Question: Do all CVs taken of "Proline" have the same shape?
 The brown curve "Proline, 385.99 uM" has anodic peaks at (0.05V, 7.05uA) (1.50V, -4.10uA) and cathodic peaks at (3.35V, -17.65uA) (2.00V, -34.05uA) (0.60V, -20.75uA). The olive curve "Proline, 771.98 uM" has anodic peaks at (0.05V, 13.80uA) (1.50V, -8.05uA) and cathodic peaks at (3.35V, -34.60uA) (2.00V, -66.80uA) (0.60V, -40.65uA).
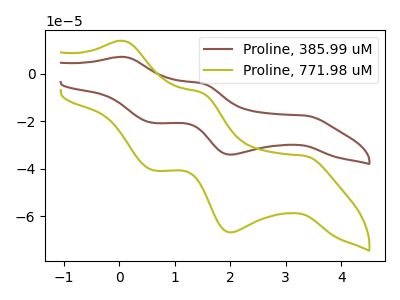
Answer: <think>All the peaks in "Proline, 385.99 uM" have a peak in "Proline, 771.98 uM" at the same potential.
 </think>
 <answer>All the CV's of "Proline" have similar shape.</answer>
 <eval>follow_rule</eval>